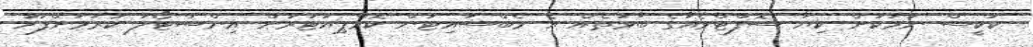
ކުކީސް ނަމަކަށް ކިޔާ ސޮފްޓްވެއާގެ ބާވަތެއް އެ ވެބްސައިޓުން ކޮމްޕިއުޓަރަށް އިންސްޓޯލު ކުރުމަށްފަހު